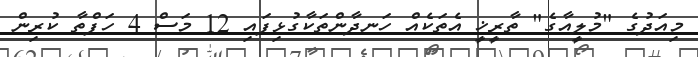
މިއަދުގެ "މުލީއާގެ" ތާރީޚީ އެތަކެއް ހަނދާންތަކާގުޅިފައި 12 މަސް 4 ހަފްތާ ކުރިން